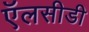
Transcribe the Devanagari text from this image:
ऍलसीडी